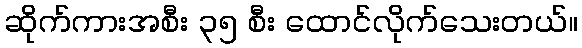
ဆိုက်ကားအစီး ၃၅ စီး ထောင်လိုက်သေးတယ်။